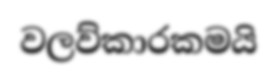
වලව්කාරකමයි